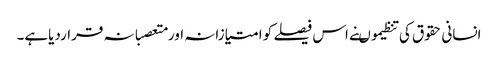
انسانی حقوق کی تنظیموںنے اس فیصلے کو امتیازانہ اورمتعصبانہ قراردیاہے۔